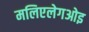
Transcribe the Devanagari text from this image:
मलिएलेगओइ